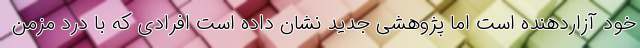
خود آزاردهنده است اما پژوهشی جدید نشان داده است افرادی که با درد مزمن